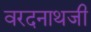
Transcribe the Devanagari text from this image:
वरदनाथजी